system: You are a helpful assistant.
user:
Analyze the provided spectrum to determine if it is a **S-type Star**.

- **Key Indicators for S-type Star:**

    - **(Overall Spectrum Shape):** The first and most obvious characteristic is the overall continuum (the "baseline" shape). It is **extremely "red-sloping,"** meaning the flux (light intensity) is very low on the left side (blue, ~4000-4500 Å) and rises steeply and continuously toward the right side (red, ~7000 Å+).

    - **(Primary):** The spectrum is defined by the presence of strong, broad molecular absorption "valleys" (bands) from **Zirconium Oxide (ZrO)**. The identification of these bands is the **primary requirement** for classifying a star as S-type.
        - **(Key Bandheads):** You must find distinct, deep "dips" where the light has been absorbed. The most critical band systems to locate are:
            - **~6474 Å** ($\gamma$-system): This is often the strongest and clearest ZrO feature, found in the red part of the spectrum.
            - **~5718 Å** & **~5551 Å** ($\beta$-system): A pair of prominent absorption features in the yellow-orange part of the spectrum.
            - **~4640 Å** ($\alpha$-system): A key absorption band system in the blue-green region of the spectrum.

    - **(Secondary Confirmation):** The classification is strengthened by finding additional absorption bands from other related heavy element oxides, which are expected to be present alongside ZrO.
        - **(Key Bandheads):**
            - **Yttrium Oxide (YO):** Look for absorption dips near **~4800 Å** and **~6100 Å**.
            - **Lanthanum Oxide (LaO):** Additional absorption features, particularly in the red-orange part of the spectrum, are also characteristic.

    - **(Line Profile):** The combination of the steep red continuum and these numerous, deep molecular bands (ZrO, YO, etc.) gives the entire spectrum a very **"chopped-up"** or **"bumpy"** appearance. Instead of a smooth curve, the spectrum looks as though large, wide chunks of light have been "carved out" of it at the specific wavelengths listed above.

Think first, call **spectral_visualization_tool** if needed to examine features in detail, then provide your final answer. Your response must adhere to the following strict rules:
1.  **Overall Structure:** Your response must follow the format `<think>...</think> <tool_call>...</tool_call> (if a tool is used) <answer>...</answer>`.
2.  **Tool Usage Constraint:** You may only make **one** tool call per turn.
3.  **Final Answer Format:** In the `<answer>` tag, your conclusion must be inside a `\boxed{}` command (e.g., `\boxed{YES}` or `\boxed{NO}`), followed by your justification.

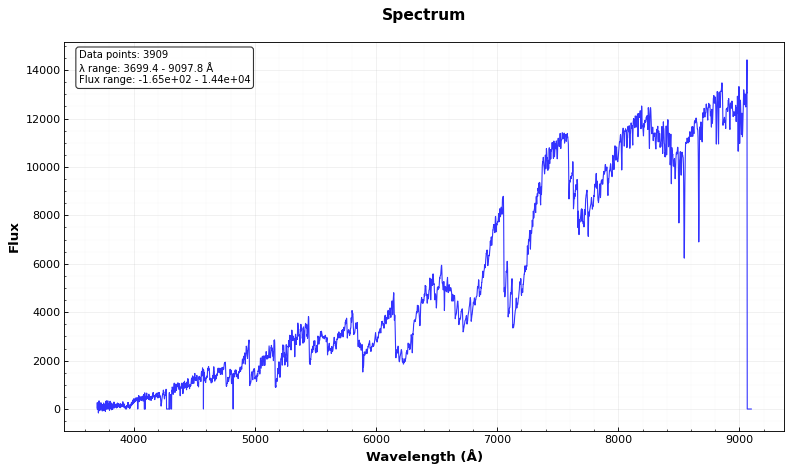
Answer: YES